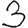
Digit: 3